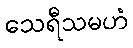
သေရီသမဟံ